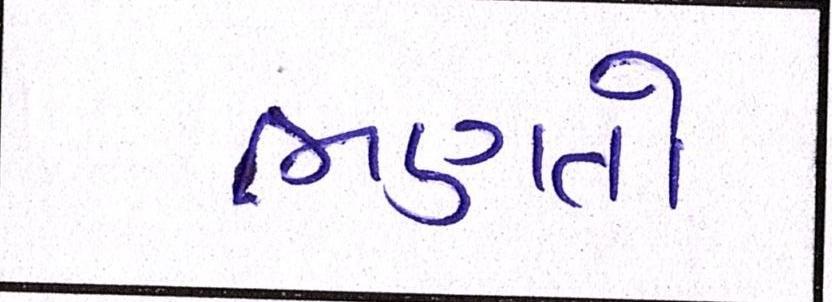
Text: ભણતો